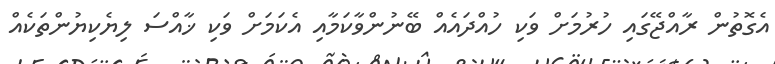
އެގޮތުން ރާއްޖޭގައި ހުރުމަށް ވަކި ހުއްދައެއް ބޭނުންވާކަމާއި އެކަމަށް ވަކި ޚާއްސަ ލިޔެކިޔުންތަކެއް